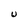
Character: U